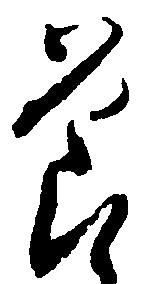
節